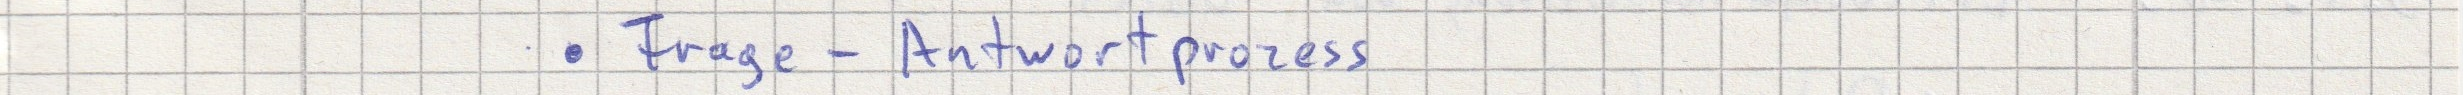
- Frage - Antwortprozess